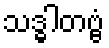
သဒ္ဓါတဗ္ဗံ